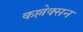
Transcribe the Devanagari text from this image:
कल्लेक्सन